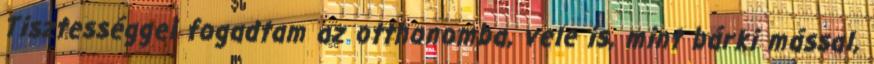
Tisztességgel fogadtam az otthonomba, vele is, mint bárki mással,